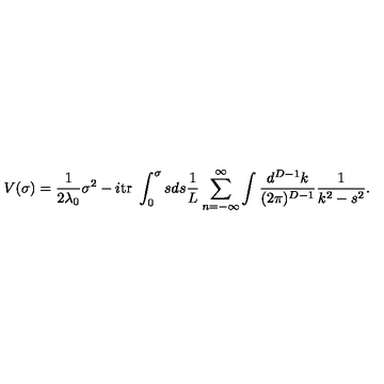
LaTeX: V ( \sigma ) = \frac { 1 } { 2 \lambda _ { 0 } } \sigma ^ { 2 } - i \mathrm { t r } \ \displaystyle \int _ { 0 } ^ { \sigma } s d s \frac { 1 } { L } \sum _ { n = - \infty } ^ { \infty } \int \frac { d ^ { D - 1 } k } { ( 2 \pi ) ^ { D - 1 } } \frac { 1 } { k ^ { 2 } - s ^ { 2 } } .